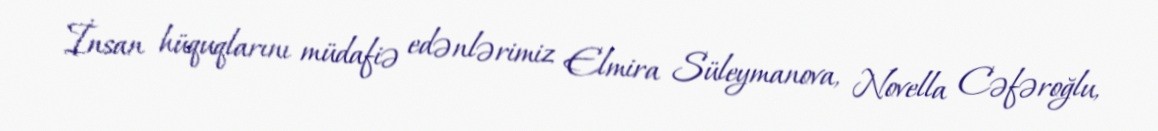
İnsan hüquqlarını müdafiə edənlərimiz Elmira Süleymanova, Novella Cəfəroğlu,